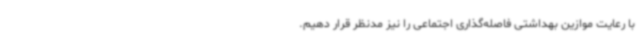
با رعایت موازین بهداشتی فاصله‌گذاری اجتماعی را نیز مدنظر قرار دهیم.